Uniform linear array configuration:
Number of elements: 8
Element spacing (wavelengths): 1
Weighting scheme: blackman
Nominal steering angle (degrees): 15
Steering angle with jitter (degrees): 15.306
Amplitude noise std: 0.05
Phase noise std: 0.05

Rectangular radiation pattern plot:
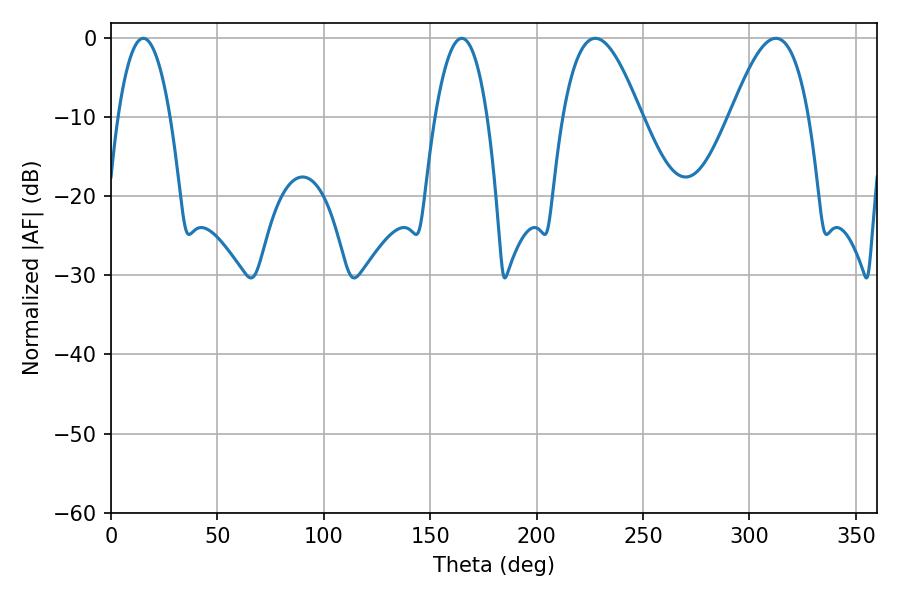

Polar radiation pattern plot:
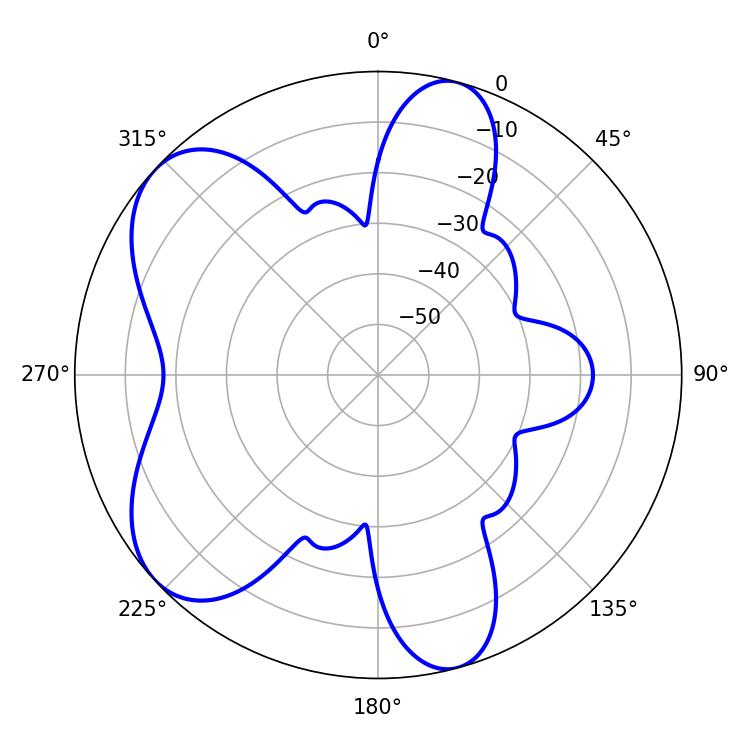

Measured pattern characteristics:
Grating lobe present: TRUE
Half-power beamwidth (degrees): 19.98
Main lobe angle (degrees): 227.52